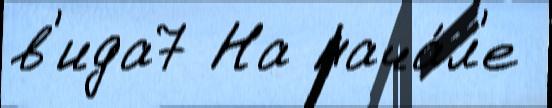
в'ида7 На нача́л'е